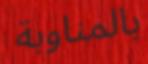
بالمناوبة